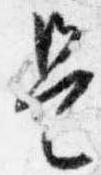
是